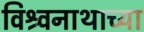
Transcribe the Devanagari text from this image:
विश्र्वनाथाच्या